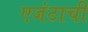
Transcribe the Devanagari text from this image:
एजंटाची